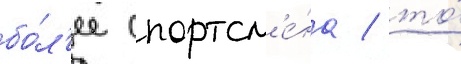
бо́л'ее спортсм'е́на / то́